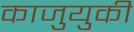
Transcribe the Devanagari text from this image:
काजुयुकी